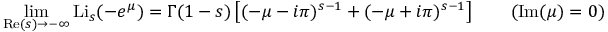
\operatorname* { l i m } _ { \operatorname { R e } ( s ) \to - \infty } \operatorname { L i } _ { s } ( - e ^ { \mu } ) = \Gamma ( 1 - s ) \left[ ( - \mu - i \pi ) ^ { s - 1 } + ( - \mu + i \pi ) ^ { s - 1 } \right] \qquad ( \operatorname { I m } ( \mu ) = 0 )